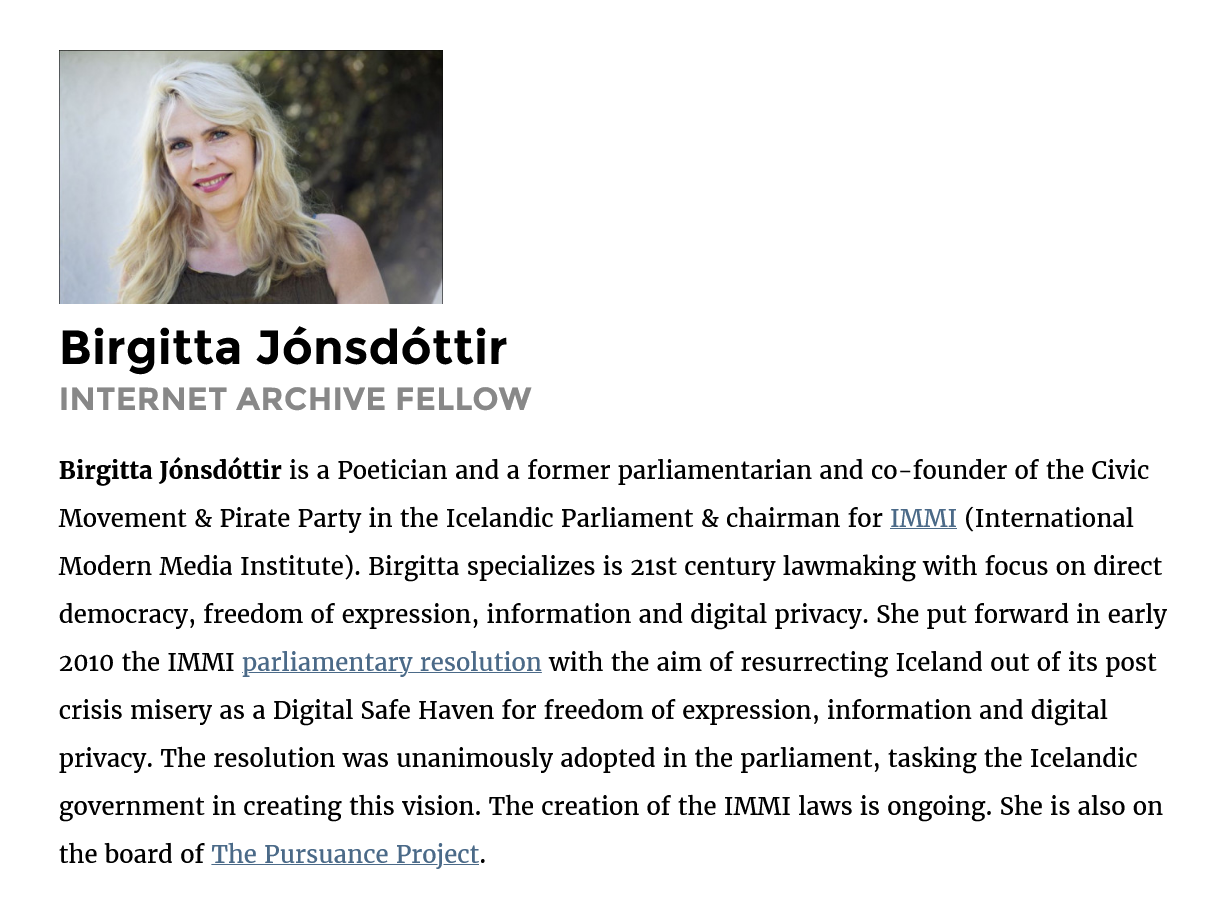
Birgitta    Jonsdottir
     INTERNET    ARCHIVE    FELLOW
     Birgitta Jonsdottir is a Poetician and a former parliamentarian and co-founder of the Civic
     Movement  & Pirate Party in the Icelandic Parliament & chairman for IMMI (International
     Modern Media Institute). Birgitta specializes is 21st century lawmaking with focus on direct
     democracy, freedom of expression, information and digital privacy. She put forward in early
     2010 the IMMI parliamentary resolution with the aim of resurrecting Iceland out of its post
     crisis misery as a Digital Safe Haven for freedom of expression, information and digital
     privacy. The resolution was unanimously adopted in the parliament, tasking the Icelandic
     government in creating this vision. The creation of the IMMI laws is ongoing. She is also on
     the board of The Pursuance Project.